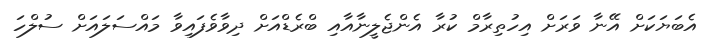
އެބަޔަކަށް އޭނާ ވަރަށް އިހުތިރާމް ކުރާ އެންޖެލީނާއާއި ބްރެޑްއަށް ދިވާވެފައިވާ މައްސަލައަށް ސުލްހަ